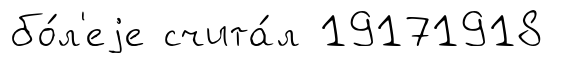
бо́л'еjе счита́л 19171918